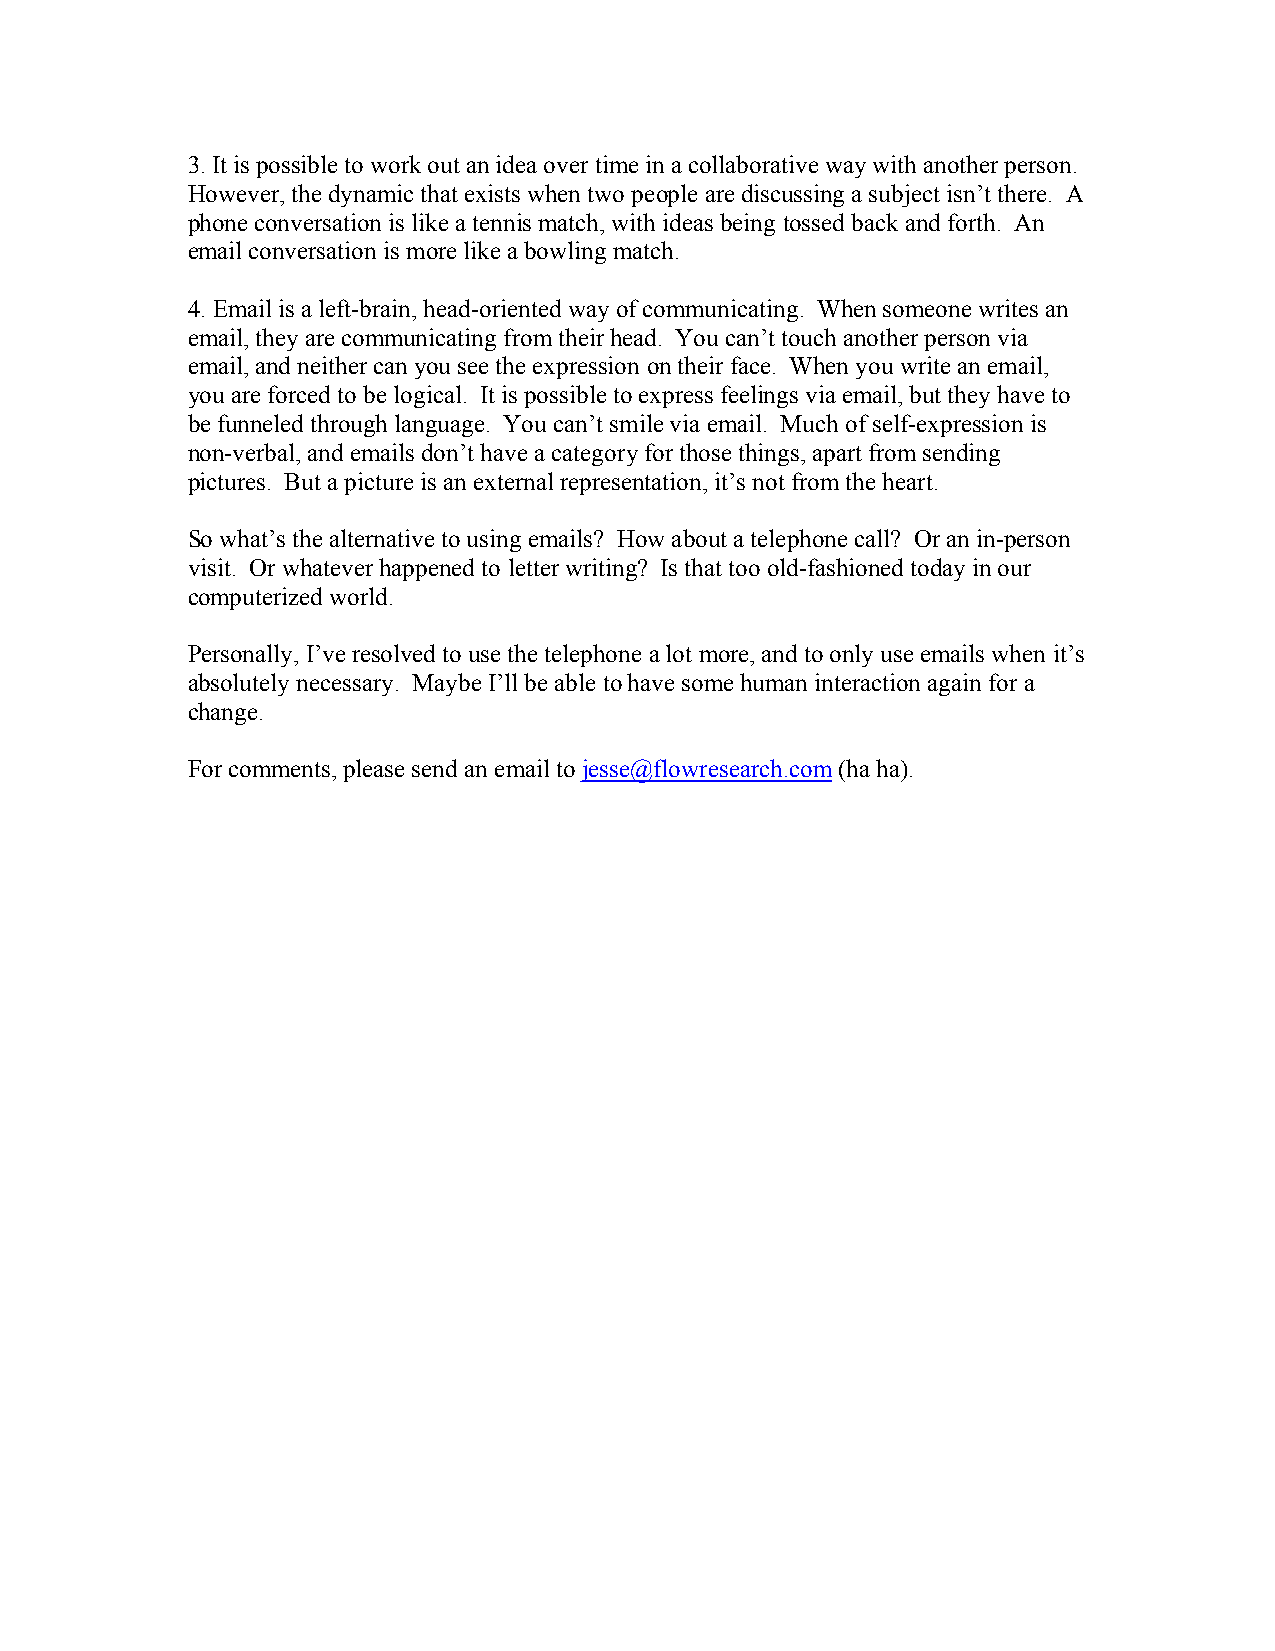
3. It is possible to work out an idea over time in a collaborative way with another person.
 However, the dynamic that exists when two people are discussing a subject isn’t there. A
 phone conversation is like a tennis match, with ideas being tossed back and forth. An
 email conversation is more like a bowling match.
 4. Email is a left-brain, head-oriented way of communicating. When someone writes an
 email, they are communicating from their head. You can’t touch another person via
 email, and neither can you see the expression on their face. When you write an email,
 you are forced to be logical. It is possible to express feelings via email, but they have to
 be funneled through language. You can’t smile via email. Much of self-expression is
 non-verbal, and emails don’t have a category for those things, apart from sending
 pictures. But a picture is an external representation, it’s not from the heart.
 So what’s the alternative to using emails? How about a telephone call? Or an in-person
 visit. Or whatever happened to letter writing? Is that too old-fashioned today in our
 computerized world.
 Personally, I’ve resolved to use the telephone a lot more, and to only use emails when it’s
 absolutely necessary. Maybe I’ll be able to have some human interaction again for a
 change.
 For comments, please send an email to jesse@flowresearch.com (ha ha).